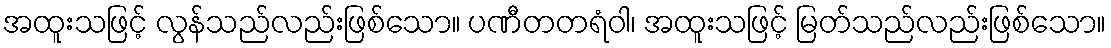
အထူးသဖြင့် လွန်သည်လည်းဖြစ်သော။ ပဏီတတရံဝါ၊ အထူးသဖြင့် မြတ်သည်လည်းဖြစ်သော။